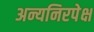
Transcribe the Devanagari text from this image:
अन्यनिरपेक्ष